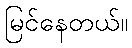
မြင်နေတယ်။